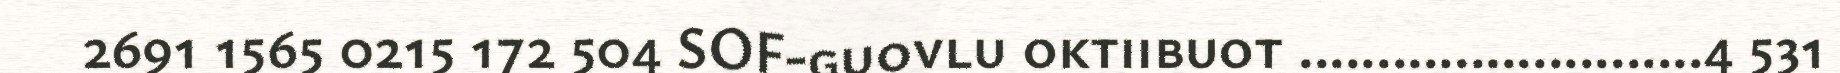
2691 1565 0215 172 504 SOF-guovlu oktiibuot ..........................4 531